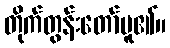
တိုက်တွန်းတော်မူ၏။